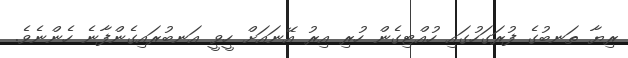
ރިޔާ ތަނބުގެ ފުރަގަހުގައި ހުއްޓިގެން ހުރި އިރު އޭނައަށް ހީވީ އަނބުރައިގެންފާނެ ހެންނެވެ.